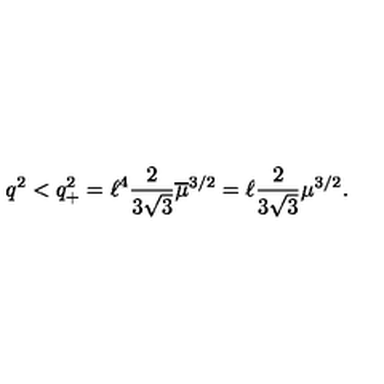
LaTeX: q ^ { 2 } < q _ { + } ^ { 2 } = \ell ^ { 4 } \frac { 2 } { 3 \sqrt { 3 } } \overline { { \mu } } ^ { 3 / 2 } = \ell \frac { 2 } { 3 \sqrt { 3 } } \mu ^ { 3 / 2 } .